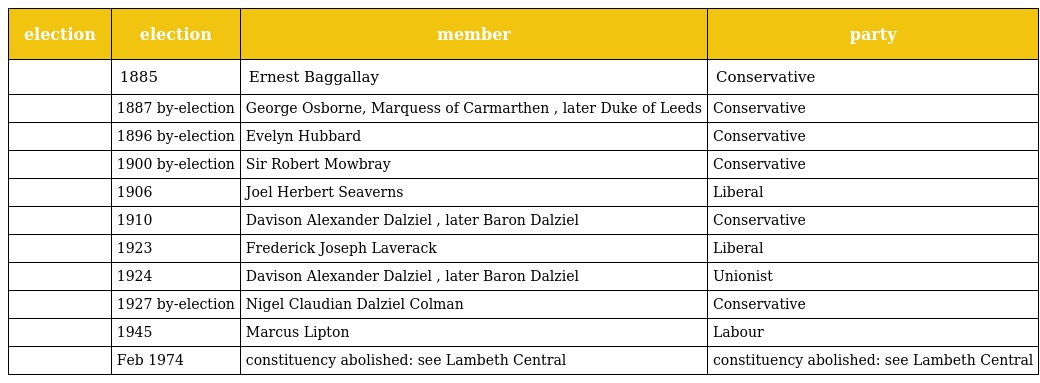
| election | election | member | party |
 | --- | --- | --- | --- |
 |  | 1885 | Ernest Baggallay | Conservative |
 |  | 1887 by-election | George Osborne, Marquess of Carmarthen , later Duke of Leeds | Conservative |
 |  | 1896 by-election | Evelyn Hubbard | Conservative |
 |  | 1900 by-election | Sir Robert Mowbray | Conservative |
 |  | 1906 | Joel Herbert Seaverns | Liberal |
 |  | 1910 | Davison Alexander Dalziel , later Baron Dalziel | Conservative |
 |  | 1923 | Frederick Joseph Laverack | Liberal |
 |  | 1924 | Davison Alexander Dalziel , later Baron Dalziel | Unionist |
 |  | 1927 by-election | Nigel Claudian Dalziel Colman | Conservative |
 |  | 1945 | Marcus Lipton | Labour |
 |  | Feb 1974 | constituency abolished: see Lambeth Central | constituency abolished: see Lambeth Central |